画像に写った文字を読んでください
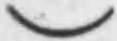
「)」と書いてあります